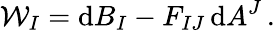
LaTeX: {\cal W}_{I}=\mathrm{d}B_{I}-F_{IJ}\, \mathrm{d}A^{J}\, .